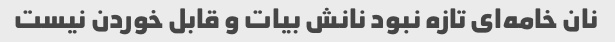
نان خامه‌ای تازه نبود نانش بیات و قابل خوردن نیست